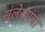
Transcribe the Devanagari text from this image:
संलेखांचा